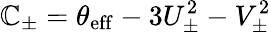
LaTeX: \mathbb{C}_{\pm}=\theta_{\mathrm{{eff}}}-3U_{\pm}^{2}-V_{\pm}^{2}